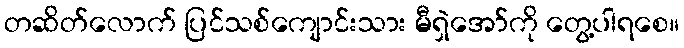
တဆိတ်လောက် ပြင်သစ်ကျောင်းသား မီရှဲအော်ကို တွေ့ပါရစေ။